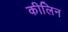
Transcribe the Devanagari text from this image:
कीलिन